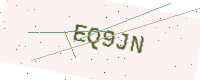
Text: EQ9JN